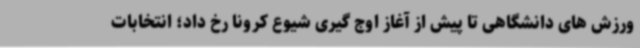
ورزش های دانشگاهی تا پیش از آغاز اوج گیری شیوع کرونا رخ داد؛ انتخابات